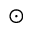
\odot